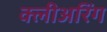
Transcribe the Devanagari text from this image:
क्लीअरिंग